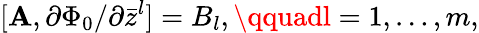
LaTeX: [\mathbf{A},\partial\Phi_{0}/\partial\bar{{z}}^{l}]=B_{l},\qquadl=1,\dots,m,